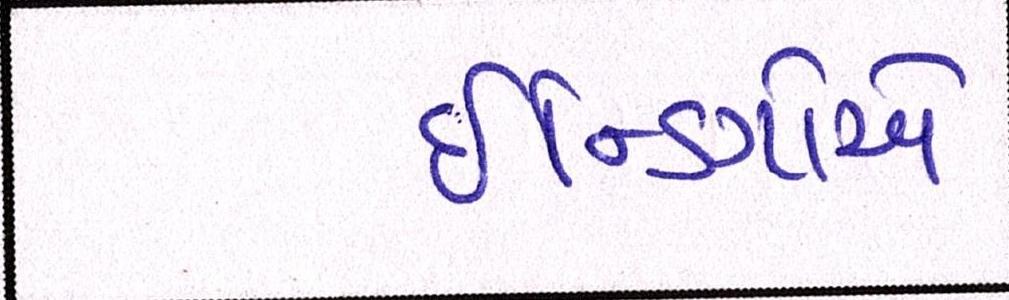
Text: ઇન્ડિગોએ